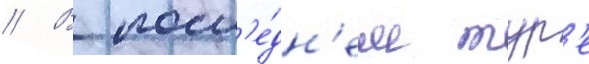
// В посл'е́дн'ем тур'е